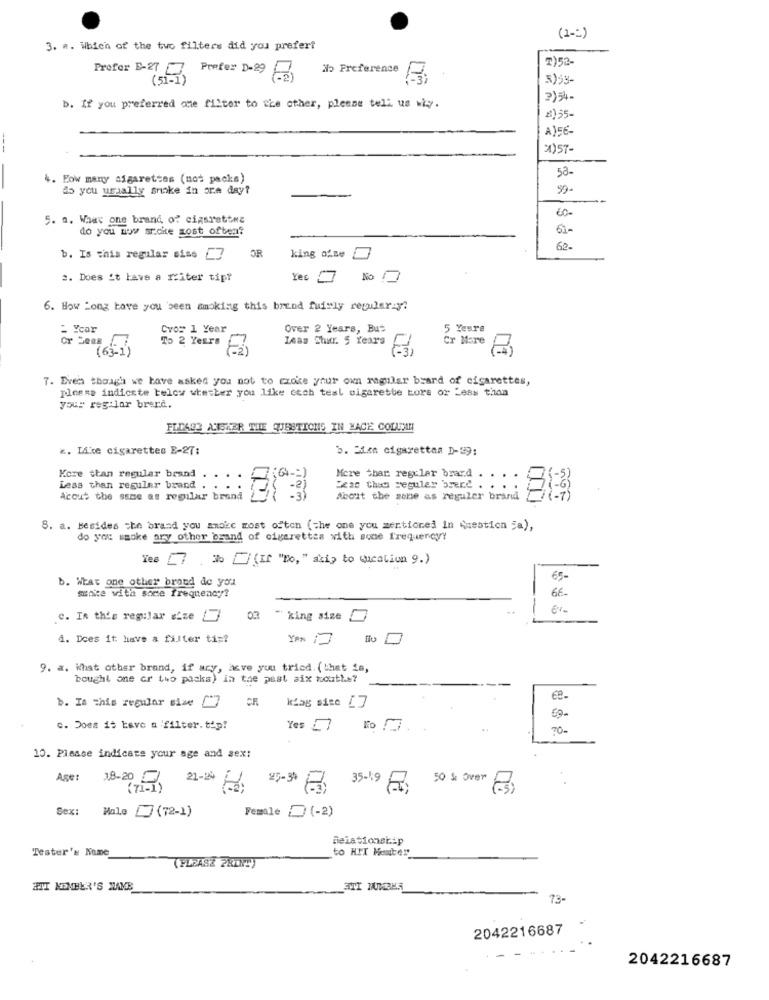
(1-)
3. .. Which of the two filters did you prefert
7)52-
Prefer B-27
No Preference
(51-1)
Prefer D-29
5)53-
2)54-
b. If you preferred one filter to the other, please tell us wiy.
2)55-
A)SE-
---
X)57-
58-
4. Pow many cigarettes (not packs)
do you usually snake in ore day?
50-
60-
5. a. What one brand, of cigarettes
do you now sroke most often?
61-
62-
b. Is this regular siss [7
OR
king ofse
2. Does it have a friter tip?
Yes
No
6. How Long have you been amaking this brand fully regularly?
- Ycar
Crow 1 Year
Over 2 Years, But
5 Yeare
Cr Seeg
To 2 Years
Less Shur. 5 Years
Cr More
(63-1)
7. Even though we have asked you not to czoke your own regular brand of cigarettes,
Please indicate below whether you like cech test cigarette tors or Less than
your reg lar brerc.
FLI433 ANSWER THE QUESTIONS IN HACE COLMAN
x. Like cigarettes E-27:
b. Mixe cigaretten D-39:
Kore ttan regular brand
More thar regular brand .
:::
Less than regular brand
Jean than regulay brend . .
Acout the same as regular brand
About the zone as reguler brand
8. a. Besides she brand you smoke most often (the one you mentioned in question "a),
do you smoke ory other brand of cigarettes with some frequencyy
Yes _7 , 3% (If "To, " aki, to queation 9.)
b. What one other brand de you
65-
stake with soce frequency?
66-
c. In this regular site
" king size
d. Does it have a filter tip?
9. a. What other brand, if ary, have you tried. (that is,
bought one or two packs) in the past six months?
---
b. Is this regular sise [7 CR
ce.
klag sise []
c. Does it have a 'filter.tip!
Yes _7
..
70-
10. Please indicate your age and sex:
Age:
38-20
21-24
(71-1)
50 % over Es,
Sex
Female (-2)
Male 7 (72-1)
Beiationekip
Tester's Name
to HIT Henter
(PLEASE PRINT)
III KEMBER'S NAME
73-
2042216687
2042216687